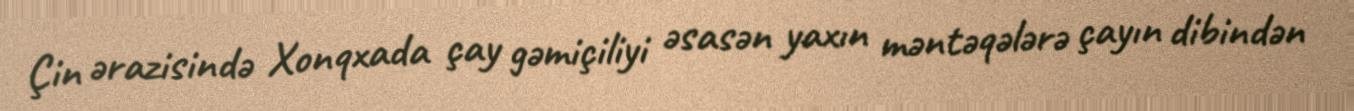
Çin ərazisində Xonqxada çay gəmiçiliyi əsasən yaxın məntəqələrə çayın dibindən